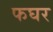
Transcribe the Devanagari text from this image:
फघर